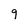
Character: g